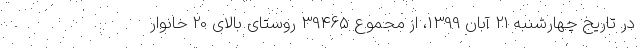
در تاریخ چهارشنبه 21 آبان 1399، از مجموع 39465 روستای بالای 20 خانوار